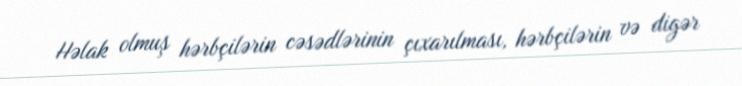
Həlak olmuş hərbçilərin cəsədlərinin çıxarılması, hərbçilərin və digər